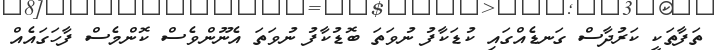
ތަފާތަކީ ކަރުދާސް ގަނޑެއްގައި ކުޑަކާފު ނުވަތަ ބޮޑުކާފު ނުވަތަ އެނޫންވެސް ކޮންމެސް ފާހަގައެއް